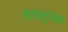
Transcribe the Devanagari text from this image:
नागभट्टानंतर